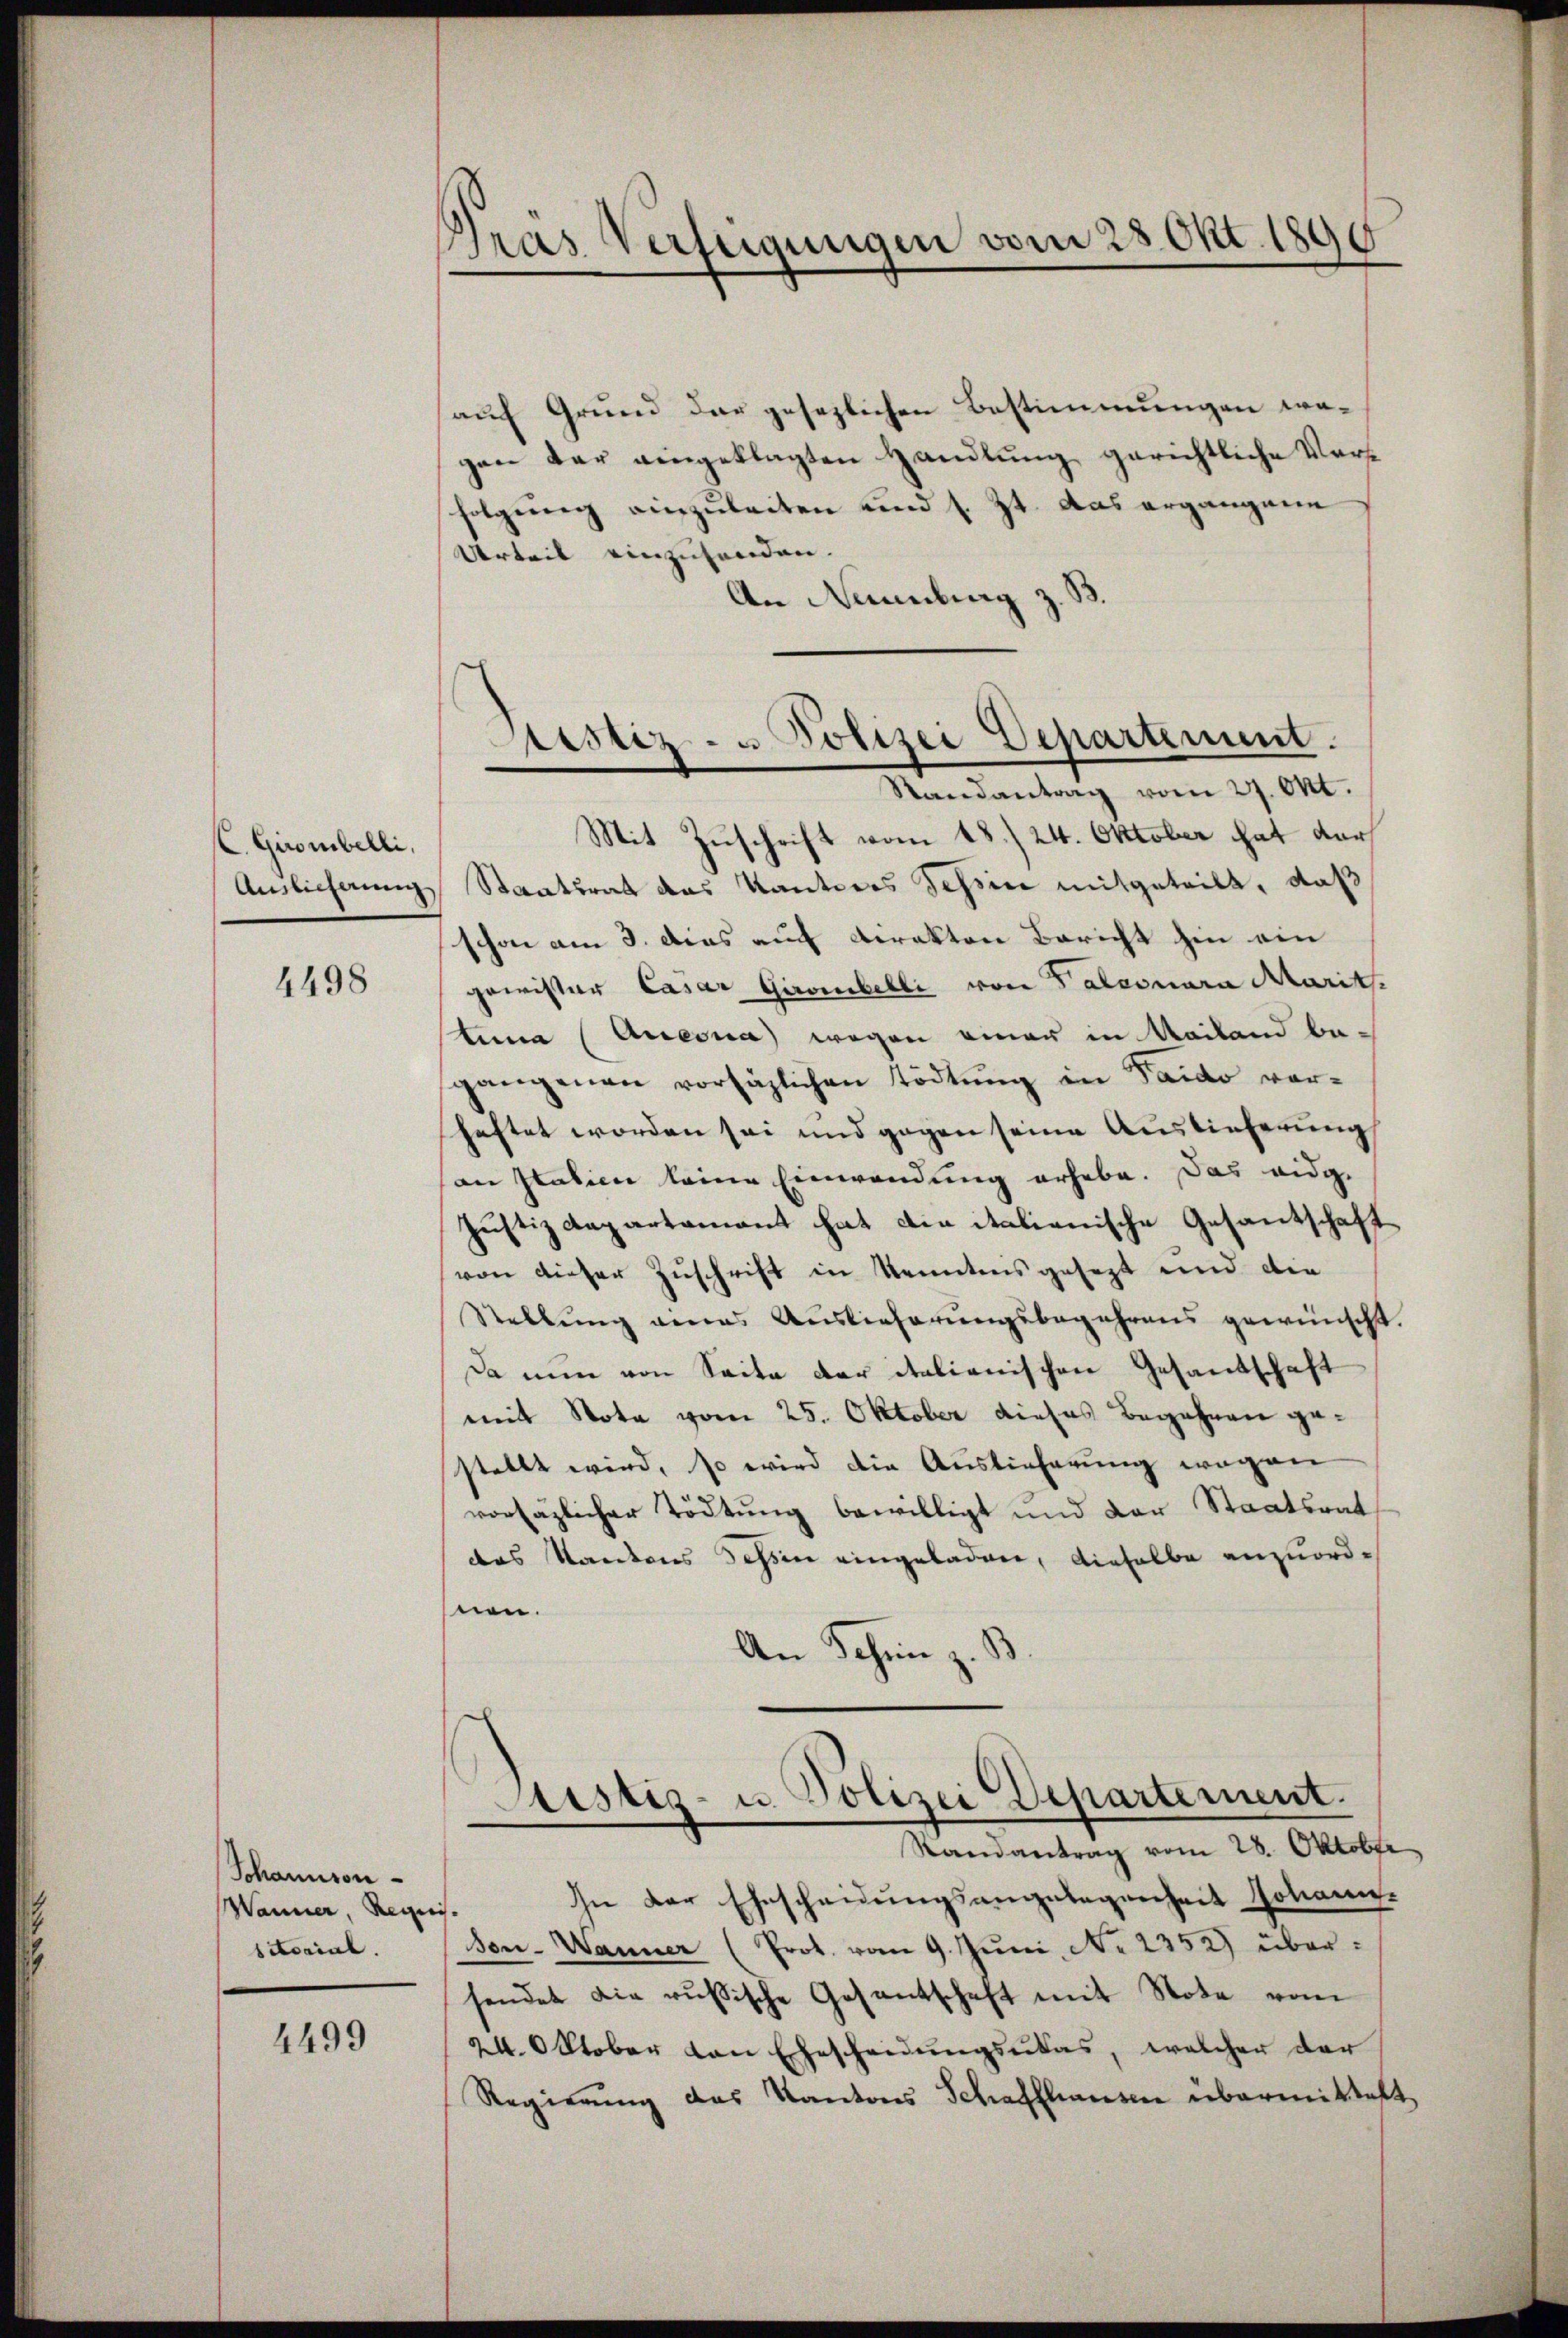
C. Girombelli,
4498

Schaunron¬
Wanner, Requis.
sitorial.

4499

Bras Verfügungen vom 28 Okt. 1890

auf Grund der gesezlichen Bestimmungen wegen der eingeklagten Handlung gerichtliche Verfolgŭng einzŭleiten und s. Zt. das ergangarn
Urteil einzuhanden.
An Nünnburg z. B.
Mit Zuschrift vom 18. 24. Oktober hat der
Anslicherung Staatsrat das Kantons Tessin mitgeteilt, daß
schon am 3. das auf direkton Bericht hin ein
gewisser Casar Gironibelli von Taleonara Marits
tina (Anesna) wegen einer in Mailand begangenen vorsätzlichen Tödtung in Taido vorhaftet worden sei und gegen seine Auslieferung
an Statien keine Einwendung erhebe. Das eidg.
Justizdepartamant hat die italienische Gesantschaft
von dieser Zuschrift in Kenntens gesezt und die
Stellŭng genes Auslieferŭngsbegehrens gewünscht.
Da nun von Seite der italienischen Gesandschaft
mit Nota vom 25. Oktober dieses Begehren gestellt wird, so wird die Auslieferung wegen
vorsäzlicher Tödtung bewilligt und der Staatsrat
das Standens Tessin eingeladen, dieselbe anzuordnen.
An Schen z. B.
Justiz- u Polizei Departement.
Randantrag vom 28. Oktober
In der Ehescheidungsangelegenheit Johann-
Son-Wanner (Prot. vom 9. Juni, No 2352) übersendet die russische Gesantschaft mit Note vom
24. Oktober von Ehescheidŭngsŭkas, welcher der
Regierŭng des Kantons Schaffhausen übermittelt,

Testiz- u Polizei Departement.
e
Randantrag vom 27. Okt.